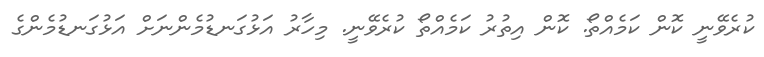
ކުރެވޭނީ ކޮން ކަމެއްތޯ. ކޮން އިތުރު ކަމެއްތޯ ކުރެވޭނީ. މިހާރު އަޅުގަނޑުމެންނަށް އަޅުގަނޑުމެންގެ